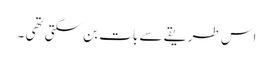
اس طریقے سے بات بن سکتی تھی ۔